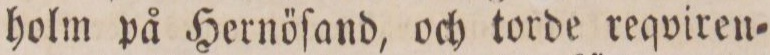
holm på Hernöſand, och torde reqviren=